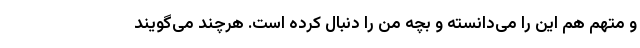
و متهم هم این را می‌دانسته و بچه من را دنبال کرده است. هرچند می‌گویند